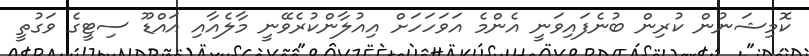
ކޮމިޝަނުން ކުރިން ބުނެފައިވަނީ އެންމެ އަވަހަހަށް އިއުލާންކުރެވޭނީ މާލެއާއި އައްޑޫ ސިޓީގެ ވަގުތީ